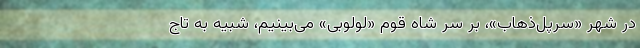
در شهر «سرپل‌ذهاب»، بر سر شاه قوم «لولوبی» می‌بینیم، شبیه به تاج